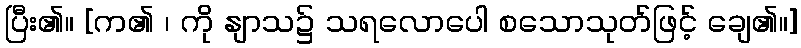
ပြီး၏။ [က၏ ၊ ကို နျာသ၌ သရလောပေါ စသောသုတ်ဖြင့် ချေ၏။]